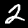
Label: 2